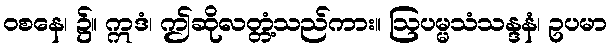
ဝစနေ၊ ၌။ ဣဒံ၊ ဤဆိုလတ္တံ့သည်ကား။ ဩပမ္မသံသန္ဒနံ၊ ဥပမာ